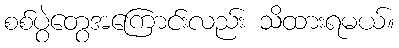
စစ်ပွဲတွေအကြောင်းလည်း သိထားရမယ်။